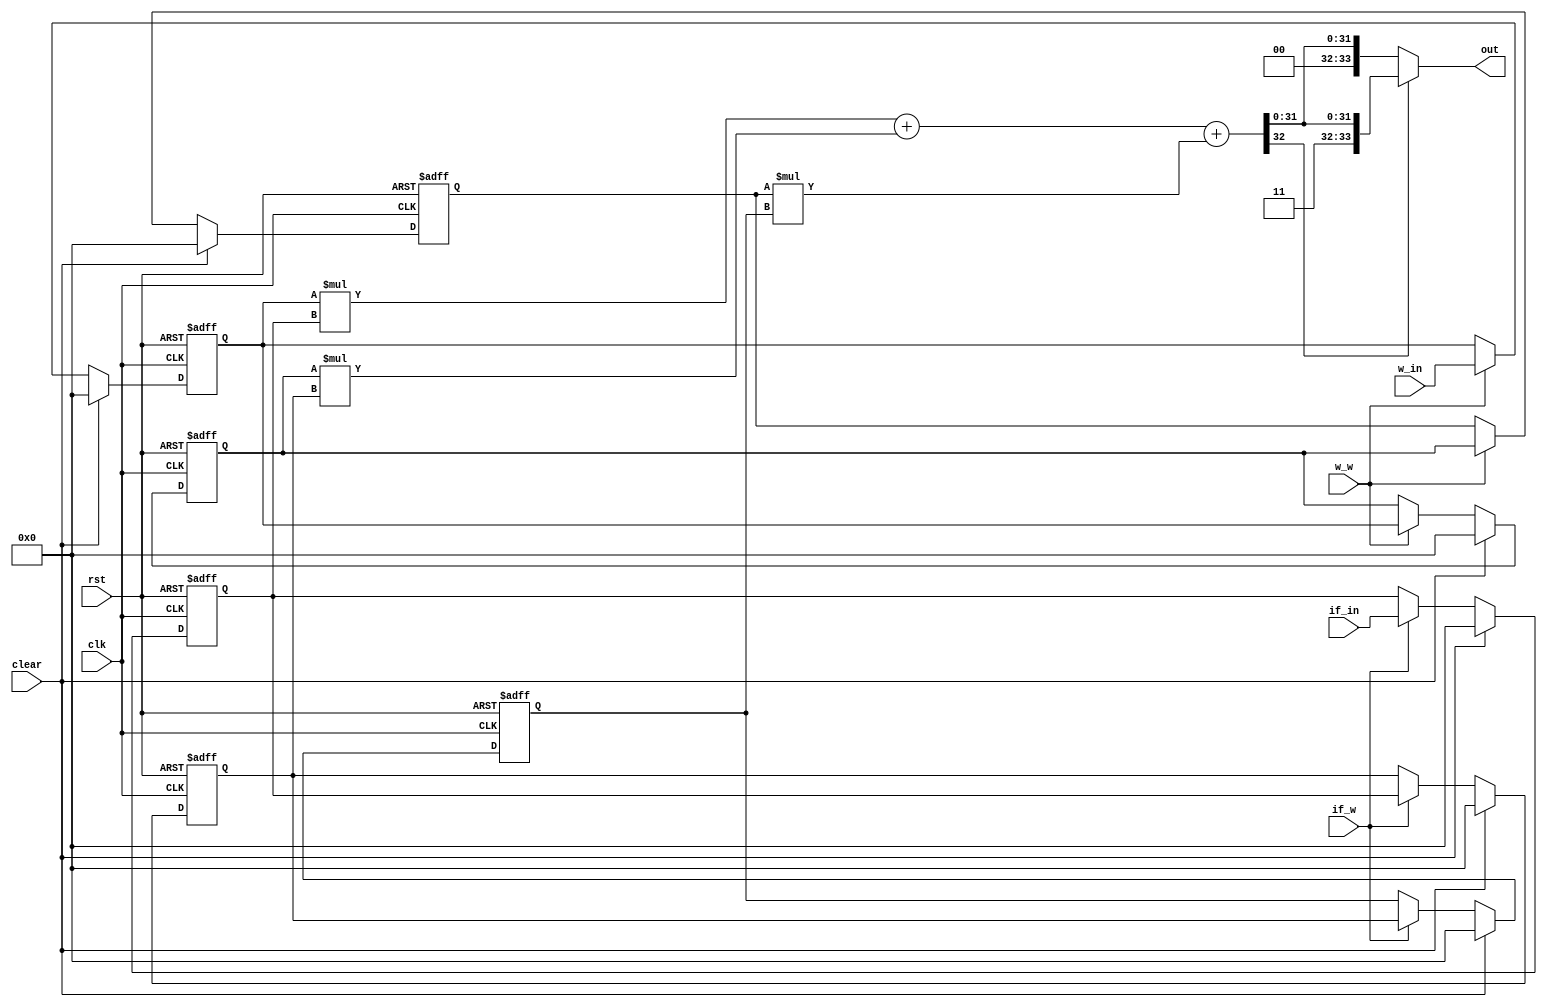
`define DATA_BIT 16

module mac(clk,rst,clear,w_w,w_in,if_w,if_in,out);

// ---------------------- input  ---------------------- //
input	clk;
input	rst;
input	clear;
input	w_w;
input	if_w;	
input [`DATA_BIT-1:0] w_in;
input [`DATA_BIT-1:0] if_in;

// ---------------------- output  ---------------------- //
output [`DATA_BIT*2+1:0] out;
// -----------------------  reg  ----------------------- //
reg signed [`DATA_BIT-1:0] weight [2:0];
reg signed [`DATA_BIT-1:0] feature [2:0];
integer i,j;
wire [32:0] out_temp;

// ---------------------- Write down Your design below  ---------------------- //
always@(posedge clk or posedge rst) begin
	if(rst) begin
		for(i=0; i<3; i=i+1) begin
			weight[i] <= `DATA_BIT 'b0;
			feature[i] <= `DATA_BIT 'b0;
		end
	end
	
	else if(clear) begin
		for(i=0; i<3; i=i+1) begin
			weight[i] <= `DATA_BIT 'b0;
			feature[i] <= `DATA_BIT 'b0;
		end
	end
	
	else begin
		if(w_w) begin
			weight[0] <= w_in;
			weight[1] <= weight[0];
			weight[2] <= weight[1];
		end

		if(if_w) begin
			feature[0] <= if_in;
			feature[1] <= feature[0];
			feature[2] <= feature[1];
		end
	
		else
			feature[0] <= feature[0];
		end
	end



	assign out_temp = weight[0]*feature[0] + weight[1]*feature[1] + weight[2]*feature[2];
	assign out = (out_temp[32] == 1'b0)?{1'b0,out_temp}:{1'b1,out_temp};

endmodule